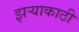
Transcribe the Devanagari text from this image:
झर्‍याकाठी